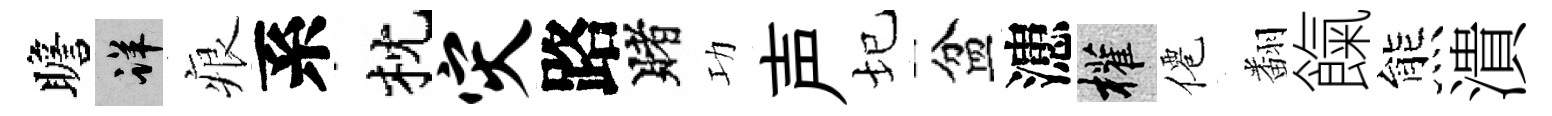
瞻详痕系枕灾路賭功声圮盆漶權僊翻餼熊潰